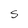
Character: S